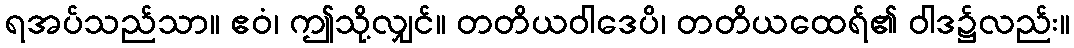
ရအပ်သည်သာ။ ဧဝံ၊ ဤသို့လျှင်။ တတိယဝါဒေပိ၊ တတိယထေရ်၏ ဝါဒ၌လည်း။